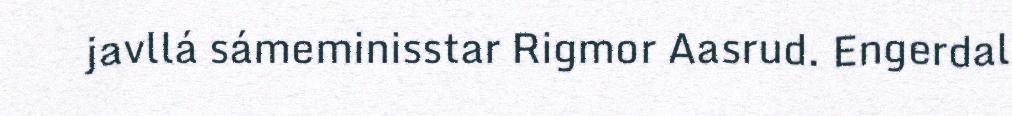
javllá sámeminisstar Rigmor Aasrud. Engerdal